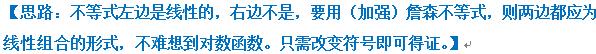
【思路：不等式左边是线性的，右边不是，要用（加强）詹森不等式，则两边都应为线性组合的形式，不难想到对数函数。只需改变符号即可得证。】